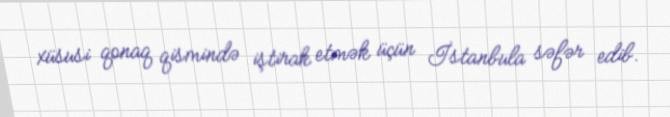
xüsusi qonaq qismində iştirak etmək üçün İstanbula səfər edib.